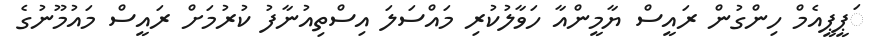
ަޕީޕީއެމް ހިންގުން ރައީސް ޔާމީންއާ ހަވާލުކުރި މައްސަލަ އިސްތިއުނާފު ކުރުމަށް ރައީސް މައުމޫނުގެ